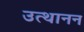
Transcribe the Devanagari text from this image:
उत्थानन